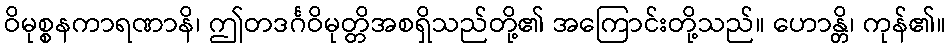
ဝိမုစ္စနကာရဏာနိ၊ ဤတဒင်္ဂဝိမုတ္တိအစရှိသည်တို့၏ အကြောင်းတို့သည်။ ဟောန္တိ၊ ကုန်၏။